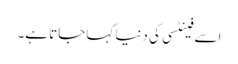
اسے فینٹسی کی دنیا کہا جاتا ہے۔